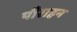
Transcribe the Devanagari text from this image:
पीराहन